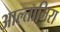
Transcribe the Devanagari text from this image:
आल्तामिरा